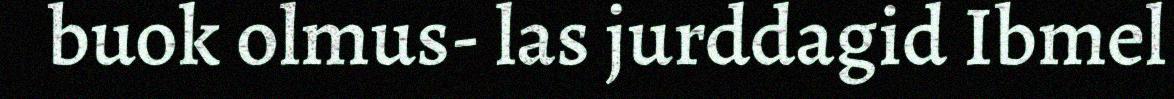
buok olmus- las jurddagid Ibmel